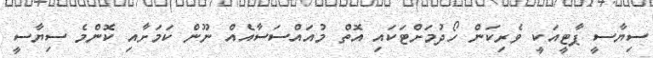
ސިޔާސީ ޕާޓީއަކީ ވެރިކަން ހޯދުމަށްޓަކައި އޮތް މުއައްސަސާއެއް ނޫން ކަމަށާއި ކޮންމެ ސިޔާސީ